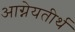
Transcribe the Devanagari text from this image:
आग्नेयतीर्थ